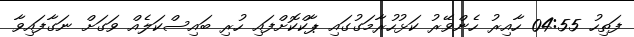
ފަތިހު 04:55 ހާއިރު ހެންވޭރު ކަޅުހުރާމަގުގައި ޕާކްކޮށްފައި ހުރި ބައިސްކަލެއް ވަގަށް ނަގާފައިވާ